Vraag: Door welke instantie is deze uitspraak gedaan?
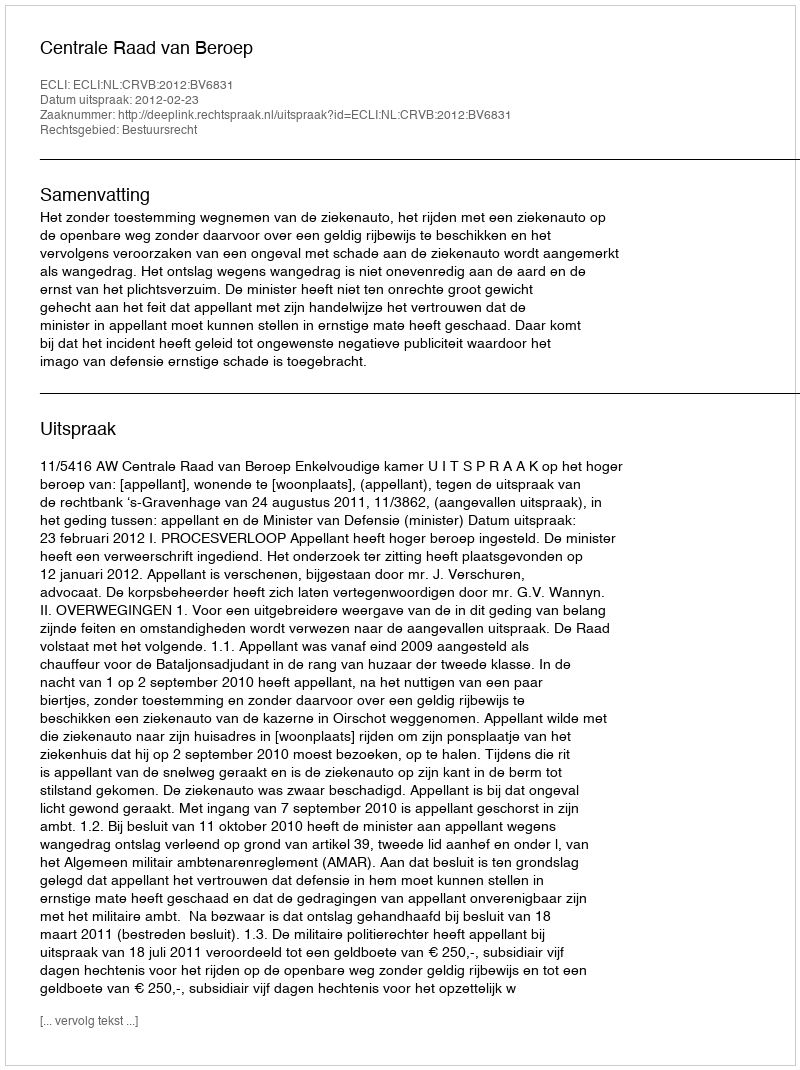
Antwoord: Centrale Raad van Beroep